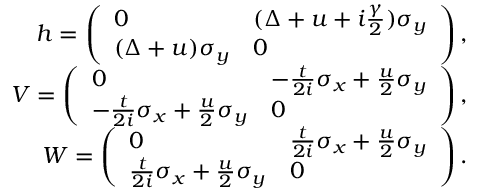
\begin{array} { r } { h = \left( \begin{array} { l l } { 0 } & { ( \Delta + u + i \frac { \gamma } { 2 } ) \sigma _ { y } } \\ { ( \Delta + u ) \sigma _ { y } } & { 0 } \end{array} \right) , } \\ { V = \left( \begin{array} { l l } { 0 } & { - \frac { t } { 2 i } \sigma _ { x } + \frac { u } { 2 } \sigma _ { y } } \\ { - \frac { t } { 2 i } \sigma _ { x } + \frac { u } { 2 } \sigma _ { y } } & { 0 } \end{array} \right) , } \\ { W = \left( \begin{array} { l l } { 0 } & { \frac { t } { 2 i } \sigma _ { x } + \frac { u } { 2 } \sigma _ { y } } \\ { \frac { t } { 2 i } \sigma _ { x } + \frac { u } { 2 } \sigma _ { y } } & { 0 } \end{array} \right) . } \end{array}